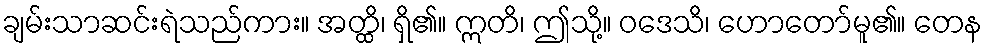
ချမ်းသာဆင်းရဲသည်ကား။ အတ္ထိ၊ ရှိ၏။ ဣတိ၊ ဤသို့။ ဝဒေသိ၊ ဟောတော်မူ၏။ တေန